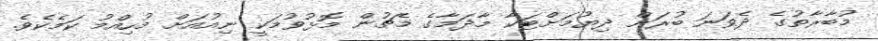
މުބާރާތުގެ ދެވަނަ ބުރަށް ދިޔުމަށްޓަކާ މާދަމާގެ މެޗުން މޮޅުވުމަކީ ނިއުއަށް މުހިއްމު ކަމެކެވެ.